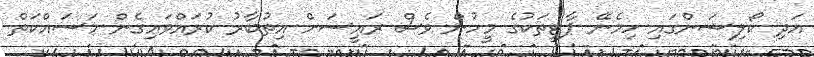
އަދި ކޯލިޝަންގައި ހިމެނޭ ޕާޓީތަކުގެ މީހުން ވެސް ރައީސަށް އިތުބާރު ކުރައްވައިގެން މަސައްކަތް